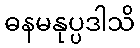
ဓနမနုပ္ပဒါသိ